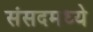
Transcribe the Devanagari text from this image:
संसदमध्ये